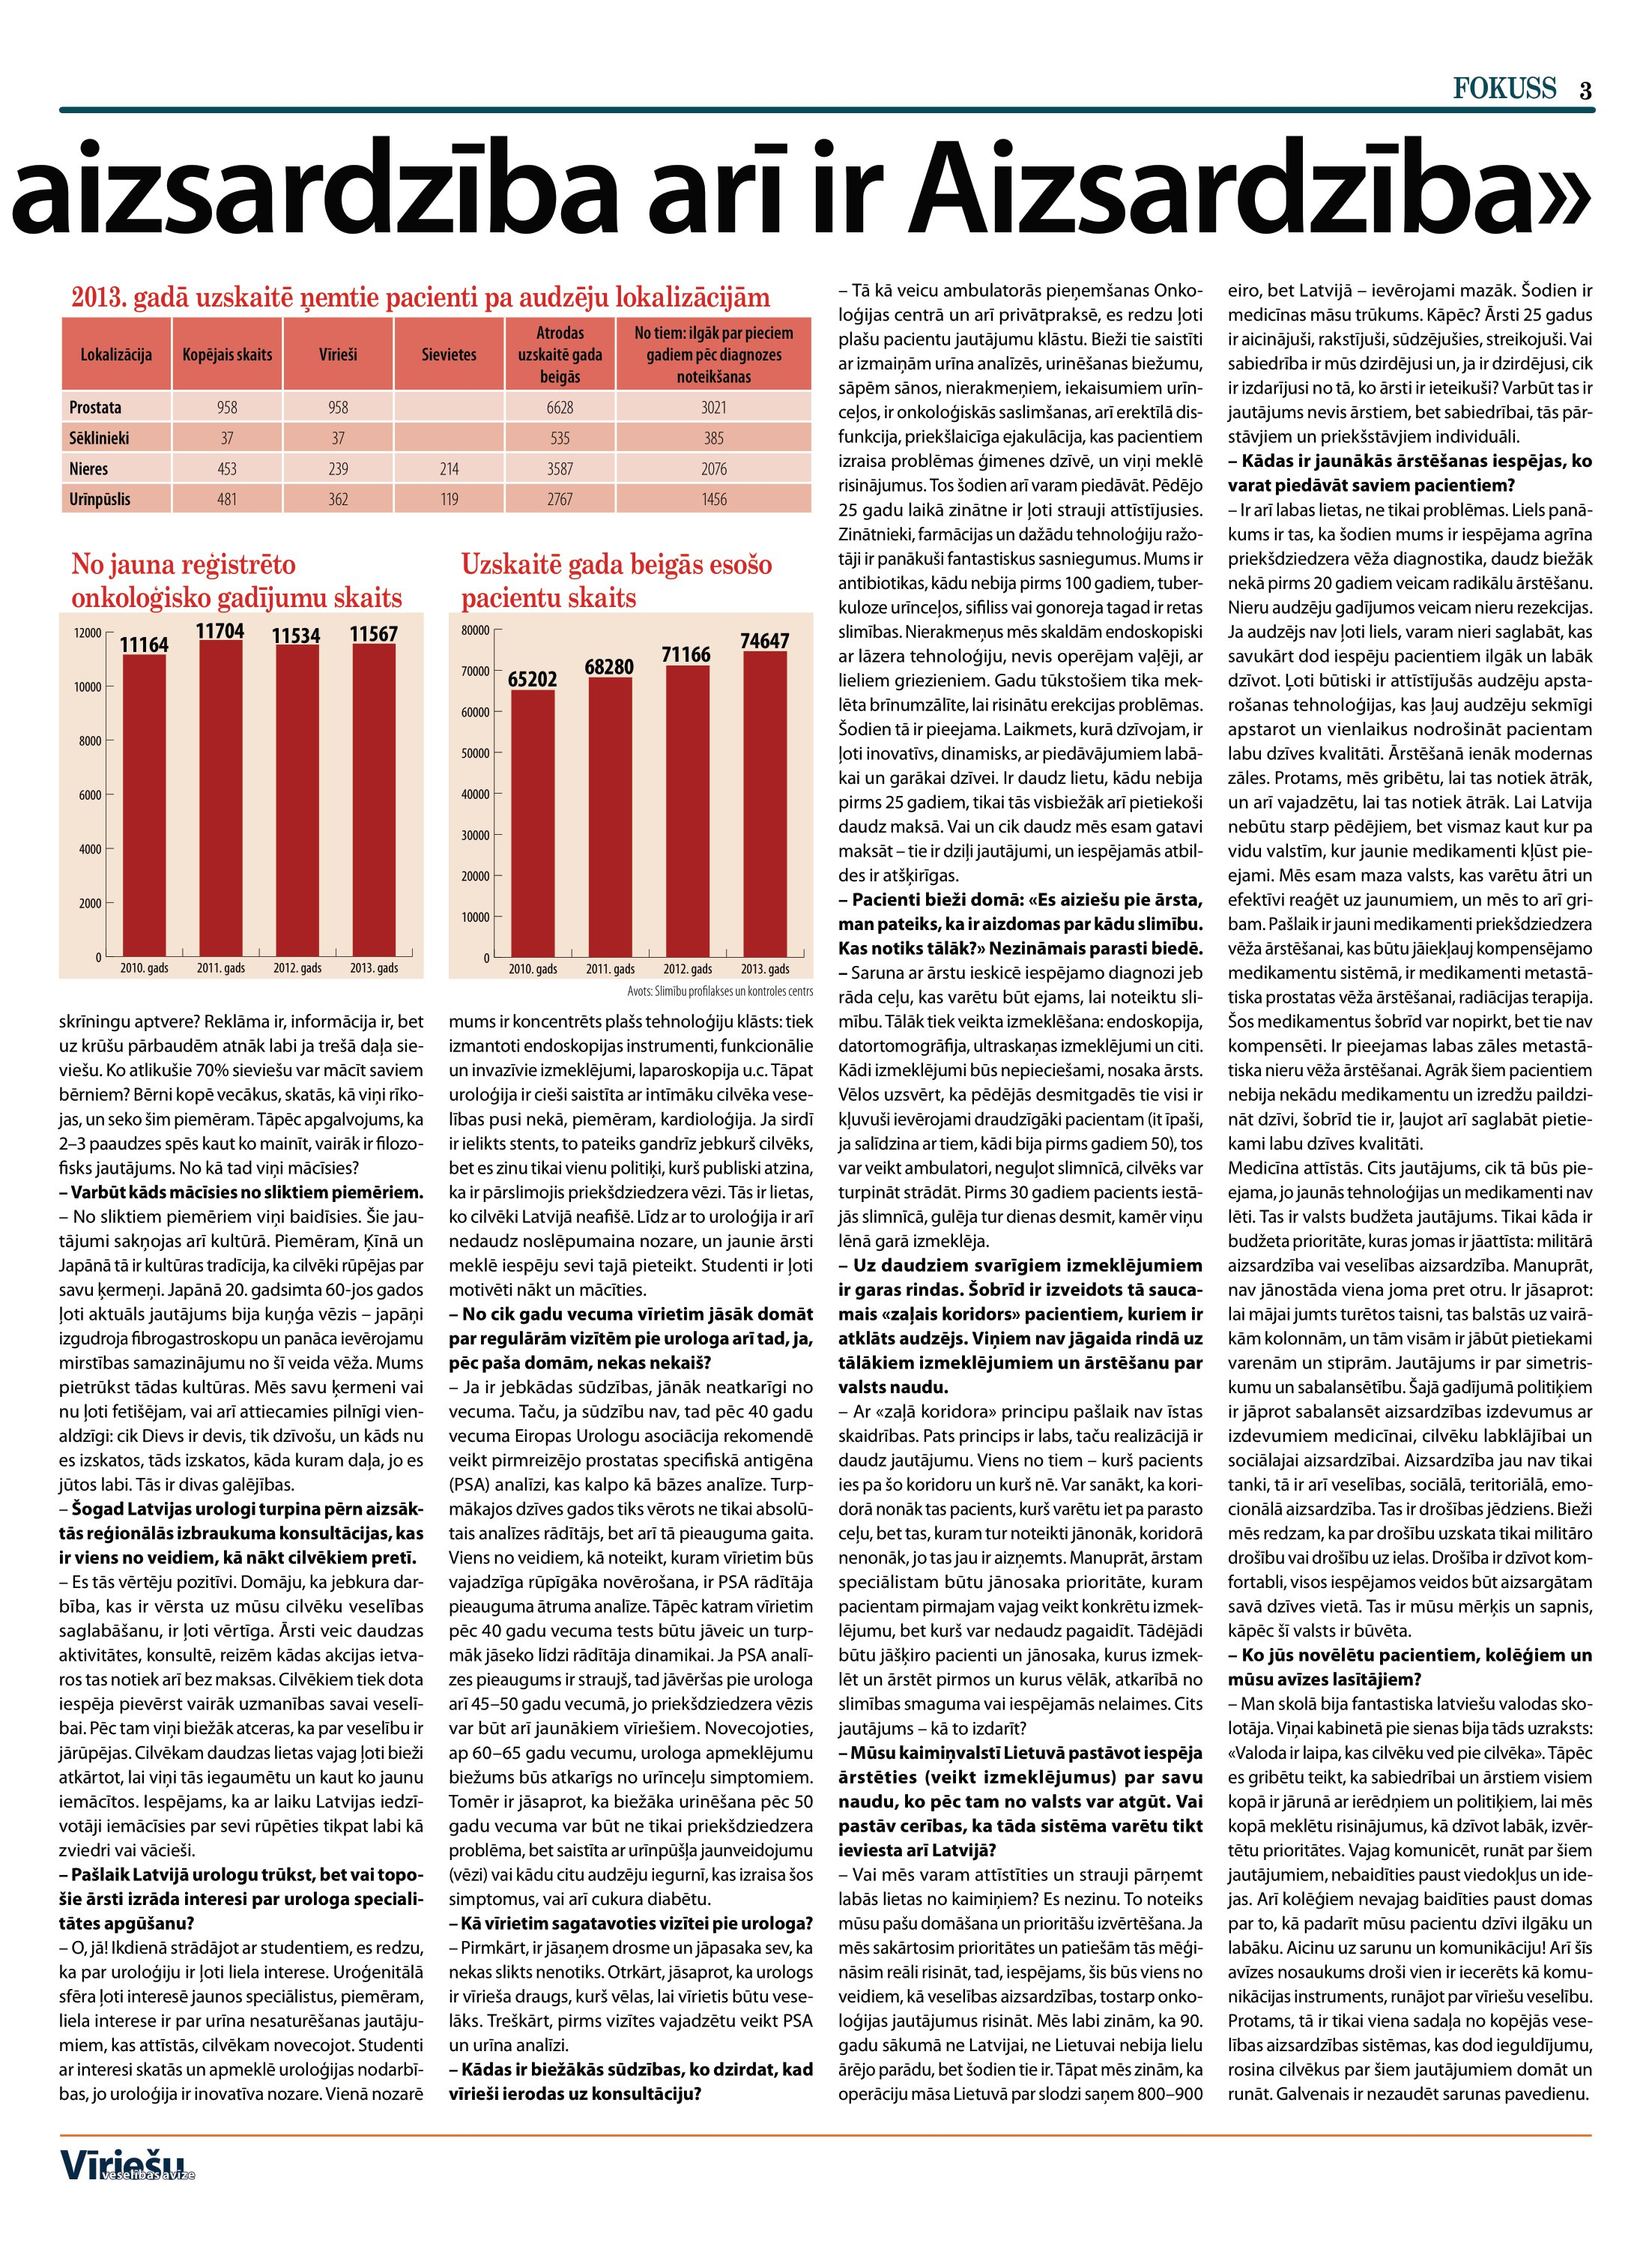
Language: lv